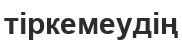
тіркемеудің